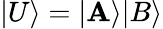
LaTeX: |U\rangle=|\mathbf{A}\rangle|B\rangle